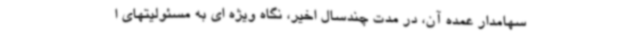
سهامدار عمده آن، در مدت چندسال اخیر، نگاه ویژه ای به مسئولیتهای ا